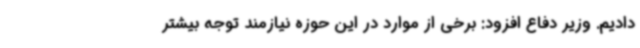
دادیم. وزیر دفاع افزود: برخی از موارد در این حوزه نیازمند توجه بیشتر